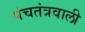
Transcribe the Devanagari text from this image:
पंचतंत्रवाली